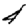
Digit: 4